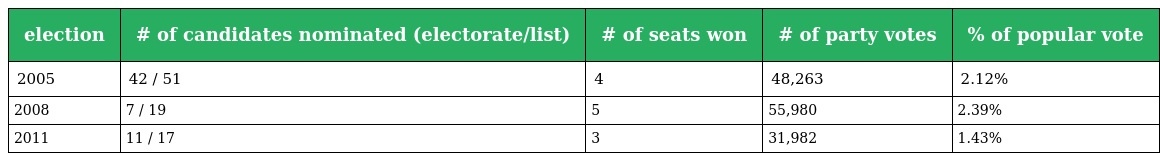
| election | # of candidates nominated (electorate/list) | # of seats won | # of party votes | % of popular vote |
 | --- | --- | --- | --- | --- |
 | 2005 | 42 / 51 | 4 | 48,263 | 2.12% |
 | 2008 | 7 / 19 | 5 | 55,980 | 2.39% |
 | 2011 | 11 / 17 | 3 | 31,982 | 1.43% |